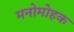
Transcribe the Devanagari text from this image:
मनोमोहक